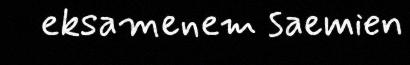
eksamenem saemien